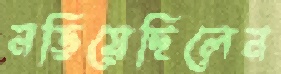
নড়িয়েছিলেন